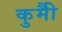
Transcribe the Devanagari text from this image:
कुर्मीै